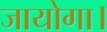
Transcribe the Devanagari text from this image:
जायोगा।